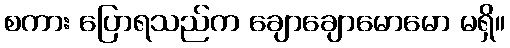
စကား ပြောရသည်က ချောချောမောမော မရှိ။